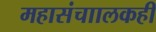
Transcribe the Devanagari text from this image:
महासंचाालकही